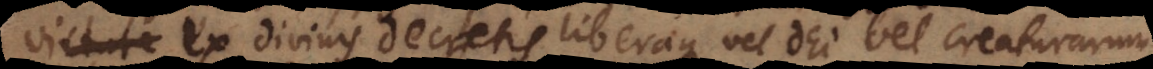
ex divinis decretis liberaque vel Dei vel creaturarum